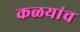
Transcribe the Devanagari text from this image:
कळयांच